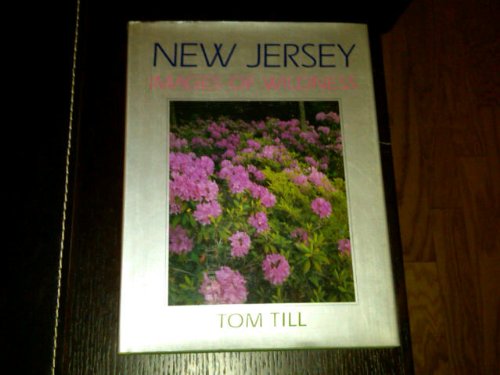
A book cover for New Jersey Images of Wildness; Tom Till; Travel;